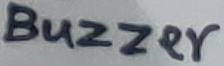
Text: BUZZER